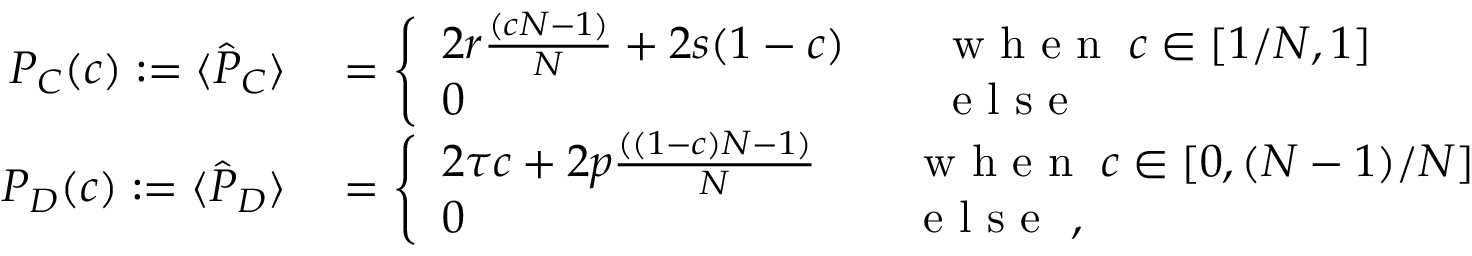
\begin{array} { r l } { P _ { C } ( c ) : = \langle \hat { P } _ { C } \rangle } & { { } = \left\{ \begin{array} { l l } { 2 r \frac { ( c N - 1 ) } { N } + 2 s ( 1 - c ) \quad } & { \mathrm { ~ w ~ h ~ e ~ n ~ } \; c \in [ 1 / N , 1 ] } \\ { 0 } & { \mathrm { ~ e ~ l ~ s ~ e ~ } } \end{array} \right. } \\ { P _ { D } ( c ) : = \langle \hat { P } _ { D } \rangle } & { { } = \left\{ \begin{array} { l l } { 2 \tau c + 2 p \frac { ( ( 1 - c ) N - 1 ) } { N } \quad } & { \mathrm { ~ w ~ h ~ e ~ n ~ } \; c \in [ 0 , ( N - 1 ) / N ] } \\ { 0 } & { \mathrm { ~ e ~ l ~ s ~ e ~ } ~ , } \end{array} \right. } \end{array}